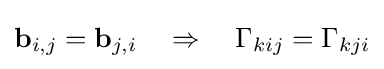
\mathbf {b} _{i,j}=\mathbf {b} _{j,i}\quad \Rightarrow \quad \Gamma _{kij}=\Gamma _{kji}